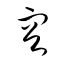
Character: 容